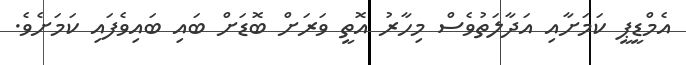
އެމްޑީޕީ ކަމަށާއި އަދާލަތުވެސް މިހާރު އޮތީ ވަރަށް ބޮޑަށް ބައި ބައިވެފައި ކަމަށެވެ.